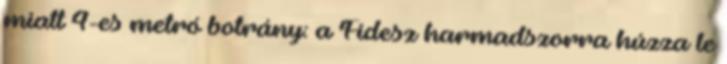
miatt 4-es metró botrány: a Fidesz harmadszorra húzza le